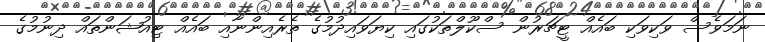
ނަމަވެސް ވަކިވަކި ބައެއް ޓީޗަރުން ސްކޫލްތަކުގައި ކިޔަވައިދުމުގެ ތެރެއިންނާއި ބައެއް ޓިއުޝަންތައް ދިނުމުގެ